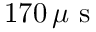
1 7 0 \, \mu \mathrm { ~ s ~ }